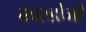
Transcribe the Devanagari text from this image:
कारडोजो